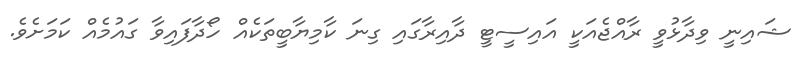
ޝައިނީ ވިދާޅުވީ ރާއްޖެއަކީ އައިސީޓީ ދާއިރާގައި ގިނަ ކާމިޔާބީތަކެއް ހޯދާފައިވާ ގައުމެއް ކަމަށެވެ.